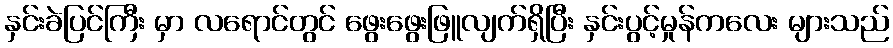
နှင်းခဲပြင်ကြီး မှာ လရောင်တွင် ဖွေးဖွေးဖြူလျက်ရှိပြီး နှင်းပွင့်မှုန်ကလေး များသည်